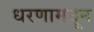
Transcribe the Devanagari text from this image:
धरणामधून